Jaan_Tonisson_(Lasteleht), lk 465
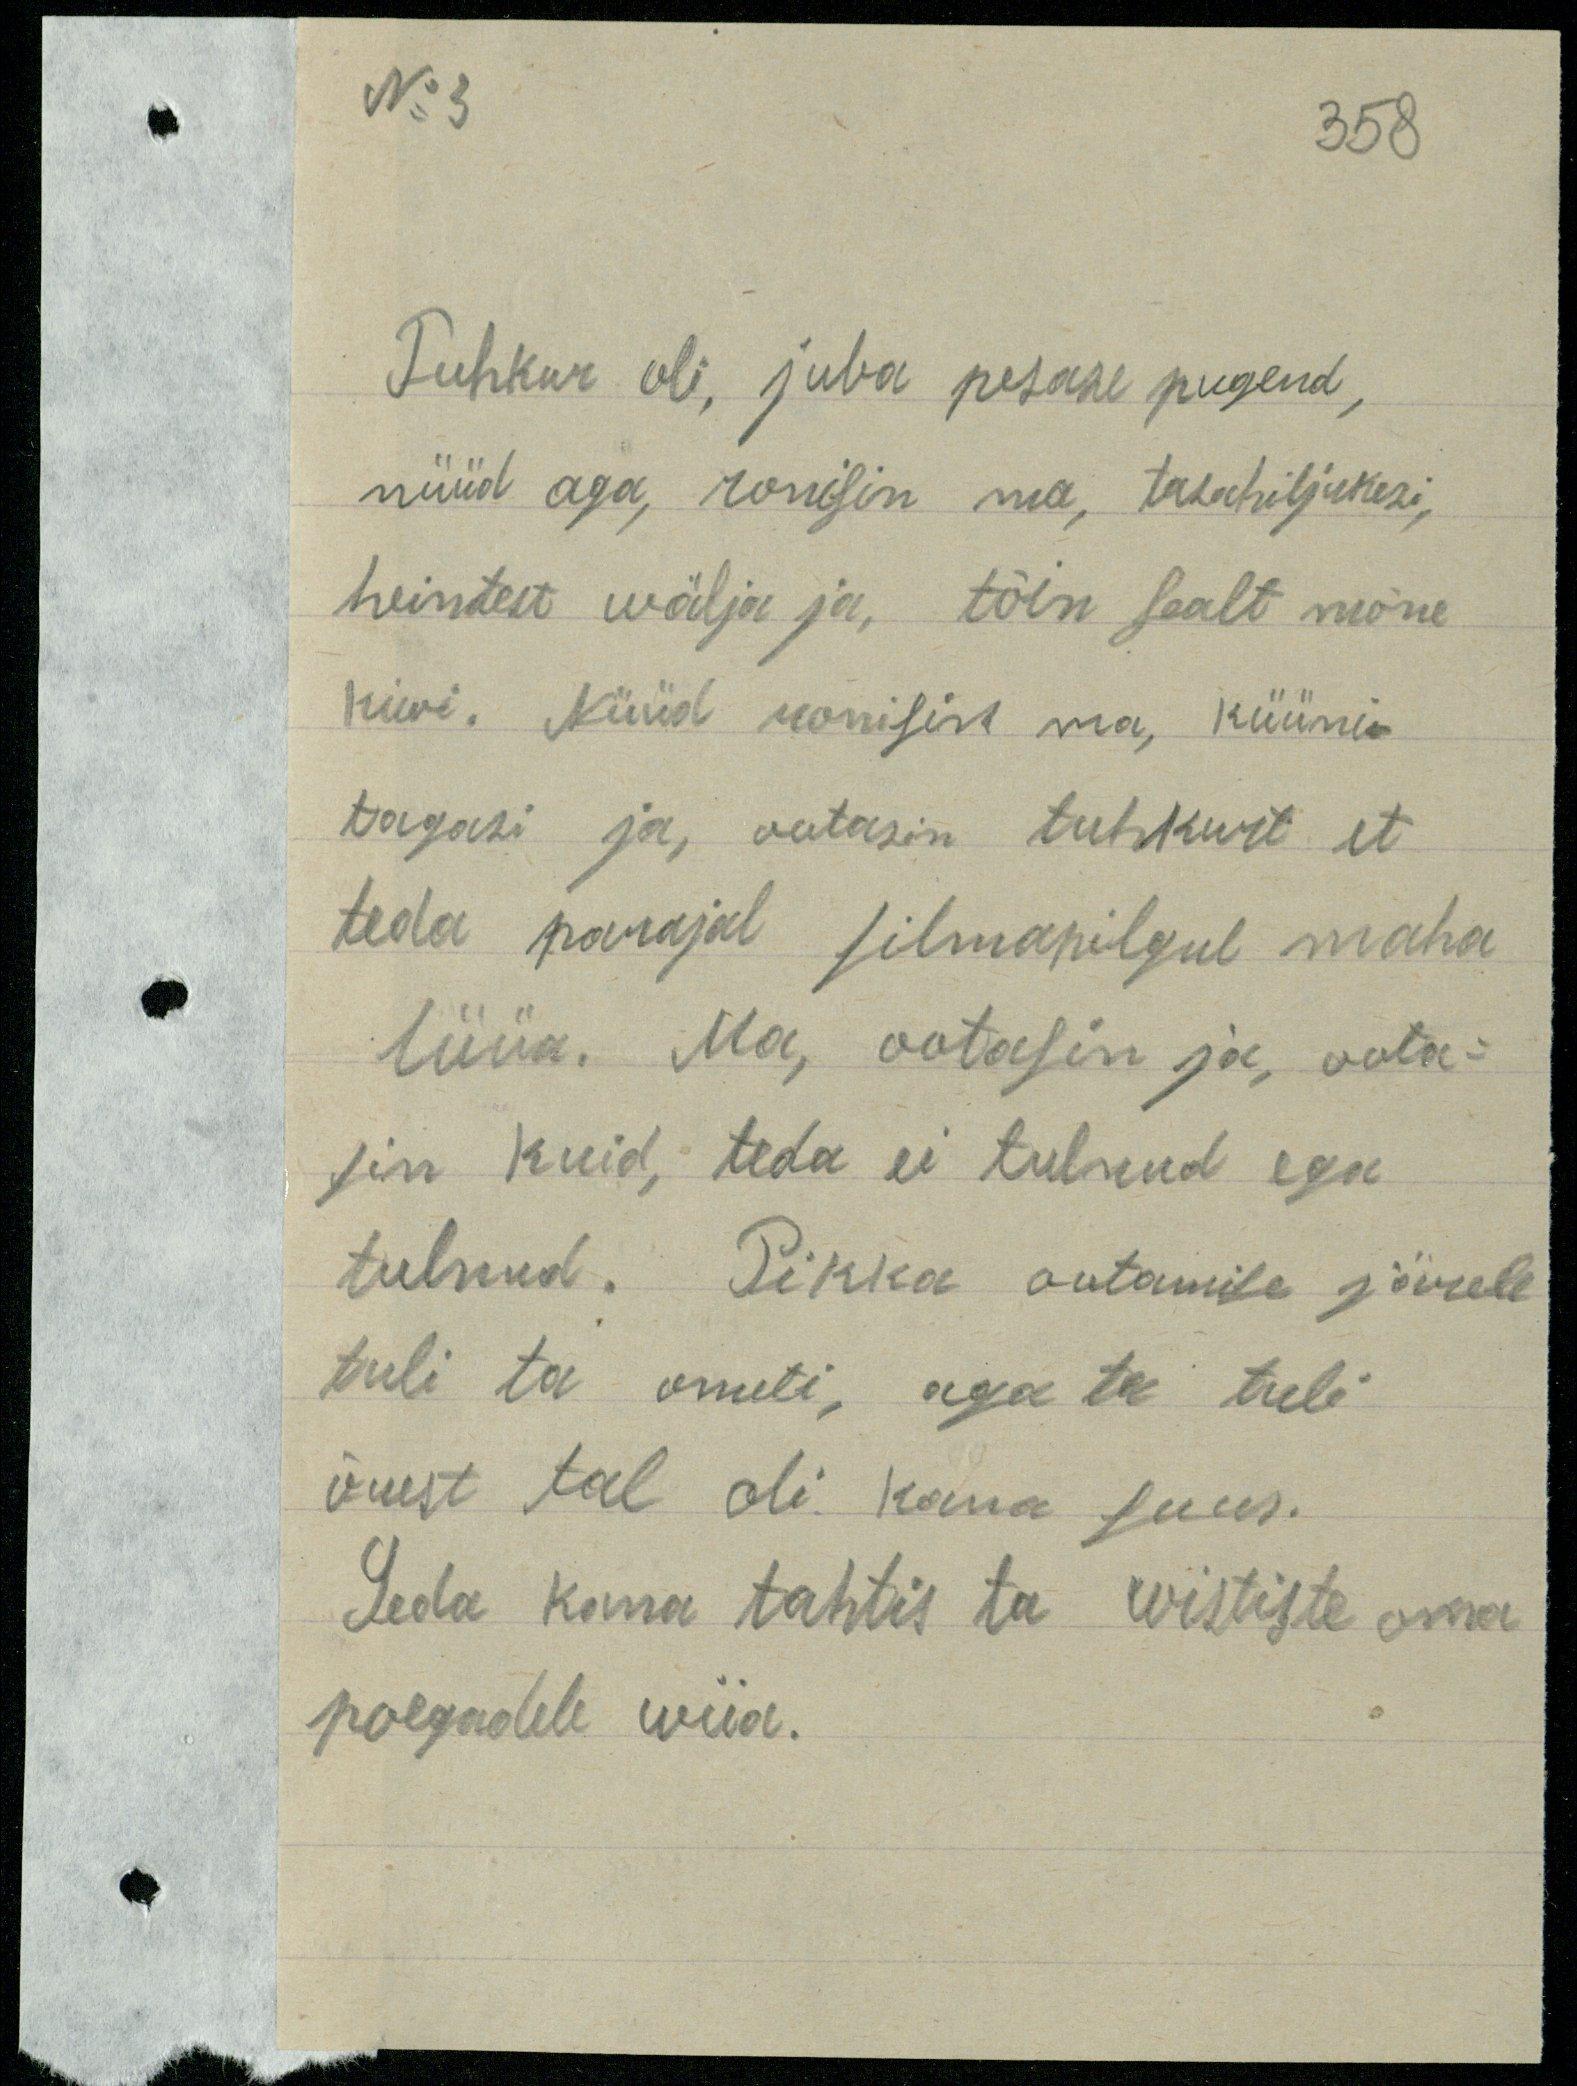
No 3
Tuhkur oli, juba pesase pugend,
nüüd aga, ronisin ma, tasahiljukesi,
heintest wälja ja, tõin sealt mõne
kiwi. Nüüd ronisin ma, küüni-
tagasi ja, ootasin tuhkurt et
teda parajal silmapilgul maha
lüüa. Ma, ootasin ja oota-
sin kuid, teda ei tulnud ega
tulnud. Pikka ootamise järele
tuli ta ometi, aga ta tuli
õuest tal oli kaua suus.
Seda kana tahtis ta wististe oma
poegadele wiia.

358